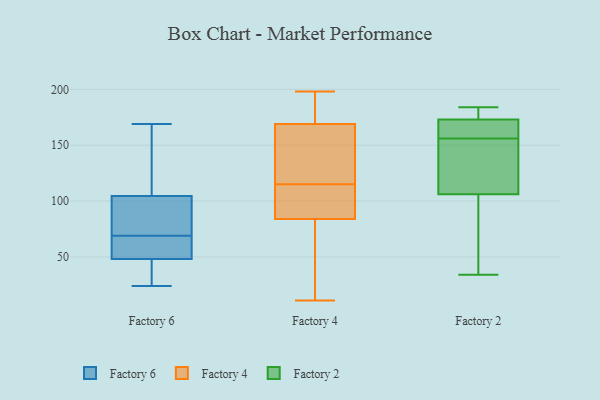
{"axis": {"x": "Market Share (%)", "y": "Value"}, "legend": ["Factory 2", "Factory 4", "Factory 6"], "data": [{"x": "", "y": 43, "type": "Factory 6"}, {"x": "", "y": 24, "type": "Factory 6"}, {"x": "", "y": 68, "type": "Factory 6"}, {"x": "", "y": 62, "type": "Factory 6"}, {"x": "", "y": 158, "type": "Factory 6"}, {"x": "", "y": 69, "type": "Factory 6"}, {"x": "", "y": 112, "type": "Factory 6"}, {"x": "", "y": 143, "type": "Factory 6"}, {"x": "", "y": 169, "type": "Factory 6"}, {"x": "", "y": 77, "type": "Factory 6"}, {"x": "", "y": 55, "type": "Factory 6"}, {"x": "", "y": 49, "type": "Factory 6"}, {"x": "", "y": 102, "type": "Factory 6"}, {"x": "", "y": 90, "type": "Factory 6"}, {"x": "", "y": 92, "type": "Factory 6"}, {"x": "", "y": 29, "type": "Factory 6"}, {"x": "", "y": 45, "type": "Factory 6"}, {"x": "", "y": 106, "type": "Factory 4"}, {"x": "", "y": 59, "type": "Factory 4"}, {"x": "", "y": 128, "type": "Factory 4"}, {"x": "", "y": 139, "type": "Factory 4"}, {"x": "", "y": 76, "type": "Factory 4"}, {"x": "", "y": 162, "type": "Factory 4"}, {"x": "", "y": 187, "type": "Factory 4"}, {"x": "", "y": 61, "type": "Factory 4"}, {"x": "", "y": 133, "type": "Factory 4"}, {"x": "", "y": 115, "type": "Factory 4"}, {"x": "", "y": 198, "type": "Factory 4"}, {"x": "", "y": 176, "type": "Factory 4"}, {"x": "", "y": 11, "type": "Factory 4"}, {"x": "", "y": 92, "type": "Factory 4"}, {"x": "", "y": 194, "type": "Factory 4"}, {"x": "", "y": 108, "type": "Factory 4"}, {"x": "", "y": 101, "type": "Factory 4"}, {"x": "", "y": 187, "type": "Factory 4"}, {"x": "", "y": 115, "type": "Factory 4"}, {"x": "", "y": 60, "type": "Factory 4"}, {"x": "", "y": 138, "type": "Factory 2"}, {"x": "", "y": 156, "type": "Factory 2"}, {"x": "", "y": 34, "type": "Factory 2"}, {"x": "", "y": 120, "type": "Factory 2"}, {"x": "", "y": 159, "type": "Factory 2"}, {"x": "", "y": 184, "type": "Factory 2"}, {"x": "", "y": 71, "type": "Factory 2"}, {"x": "", "y": 179, "type": "Factory 2"}, {"x": "", "y": 178, "type": "Factory 2"}, {"x": "", "y": 151, "type": "Factory 2"}, {"x": "", "y": 169, "type": "Factory 2"}, {"x": "", "y": 106, "type": "Factory 2"}, {"x": "", "y": 156, "type": "Factory 2"}, {"x": "", "y": 80, "type": "Factory 2"}, {"x": "", "y": 173, "type": "Factory 2"}, {"x": "", "y": 182, "type": "Factory 2"}, {"x": "", "y": 81, "type": "Factory 2"}, {"x": "", "y": 173, "type": "Factory 2"}]}